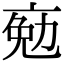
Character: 𠅦